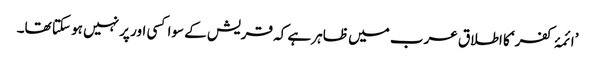
’ائمۂ کفر‘ کا اطلاق عرب میں ظاہر ہے کہ قریش کے سوا کسی اور پر نہیں ہو سکتا تھا۔